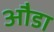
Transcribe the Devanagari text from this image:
औडा